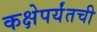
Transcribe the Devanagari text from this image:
कक्षेपर्यंतची